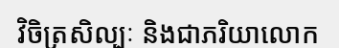
វិចិត្រសិល្បៈ និងជាភរិយាលោក